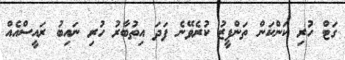
ގަޓް ހުރި ކަންކަން ތަންފީޒު ކުރެވޭނެ ފަދަ އިތުބާރު ހުރި ނައިބު ރައީސްއެއް